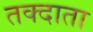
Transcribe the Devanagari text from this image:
तक्दाता